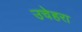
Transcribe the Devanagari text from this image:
उचेहरा